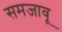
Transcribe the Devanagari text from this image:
समजावू